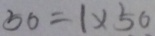
5 6 = 1 \times 5 6